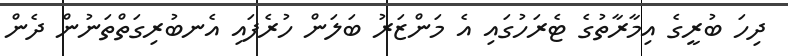
ދިހަ ބުރީގެ އިމާރާތުގެ ޓެރަހުގައި އެ މަންޒަރު ބަލަން ހުރެފައި އެނބުރިގަތްތަނުން ދެން